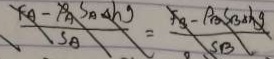
\frac { F _ { A } - P _ { A } S _ { A \Delta } A h g } { S _ { A } } = \frac { F _ { 3 } - P _ { B } S _ { B _ { \Delta } h g } } { S _ { B } }